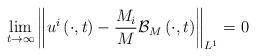
LaTeX: \begin{align*}\lim_{t\to\infty}\left\|u^i\left(\cdot,t\right)-\frac{M_i}{M}\mathcal{B}_{M}\left(\cdot,t\right)\right\|_{L^1}=0\end{align*}